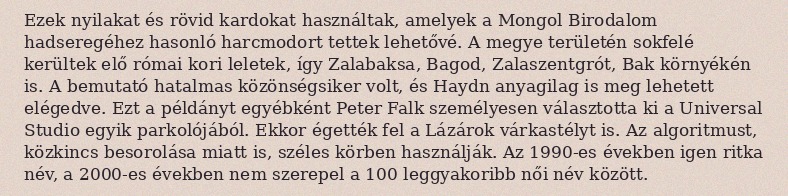
Ezek nyilakat és rövid kardokat használtak, amelyek a Mongol Birodalom hadseregéhez hasonló harcmodort tettek lehetővé. A megye területén sokfelé kerültek elő római kori leletek, így Zalabaksa, Bagod, Zalaszentgrót, Bak környékén is. A bemutató hatalmas közönségsiker volt, és Haydn anyagilag is meg lehetett elégedve. Ezt a példányt egyébként Peter Falk személyesen választotta ki a Universal Studio egyik parkolójából. Ekkor égették fel a Lázárok várkastélyt is. Az algoritmust, közkincs besorolása miatt is, széles körben használják. Az 1990-es években igen ritka név, a 2000-es években nem szerepel a 100 leggyakoribb női név között.